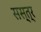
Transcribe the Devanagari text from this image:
सस्त्र